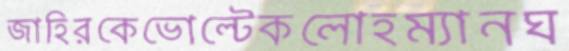
জাহিরকেভোল্টেকলোহম্যানঘ